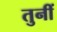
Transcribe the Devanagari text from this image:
तुनीं